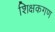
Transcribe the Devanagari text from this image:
शिक्षकगण